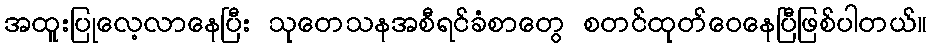
အထူးပြုလေ့လာနေပြီး သုတေသနအစီရင်ခံစာတွေ စတင်ထုတ်ဝေနေပြီဖြစ်ပါတယ်။